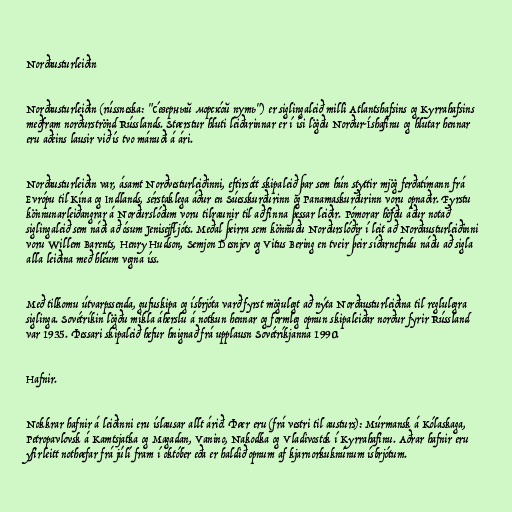
Norðausturleiðin

Norðausturleiðin (rússneska: "Се́верный морско́й путь") er siglingaleið milli Atlantshafsins og Kyrrahafsins
meðfram norðurströnd Rússlands. Stærstur hluti leiðarinnar er í ísi lögðu Norður-Íshafinu og hlutar hennar
eru aðeins lausir við ís tvo mánuði á ári.

Norðausturleiðin var, ásamt Norðvesturleiðinni, eftirsótt skipaleið þar sem hún styttir mjög ferðatímann frá
Evrópu til Kína og Indlands, sérstaklega áður en Súesskurðurinn og Panamaskurðurinn voru opnaðir. Fyrstu
könnunarleiðangrar á Norðurslóðum voru tilraunir til að finna þessar leiðir. Pómorar höfðu áður notað
siglingaleið sem náði að ósum Jenisejfljóts. Meðal þeirra sem könnuðu Norðurslóðir í leit að Norðausturleiðinni
voru Willem Barents, Henry Hudson, Semjon Desnjev og Vitus Bering en tveir þeir síðarnefndu náðu að sigla
alla leiðina með hléum vegna íss.

Með tilkomu útvarpssenda, gufuskipa og ísbrjóta varð fyrst mögulegt að nýta Norðausturleiðina til reglulegra
siglinga. Sovétríkin lögðu mikla áherslu á notkun hennar og formleg opnun skipaleiðar norður fyrir Rússland
var 1935. Þessari skipaleið hefur hnignað frá upplausn Sovétríkjanna 1990.

Hafnir.

Nokkrar hafnir á leiðinni eru íslausar allt árið. Þær eru (frá vestri til austurs): Múrmansk á Kólaskaga,
Petropavlovsk á Kamtsjatka og Magadan, Vanino, Nakodka og Vladivostok í Kyrrahafinu. Aðrar hafnir eru
yfirleitt nothæfar frá júlí fram í október eða er haldið opnum af kjarnorkuknúnum ísbrjótum.